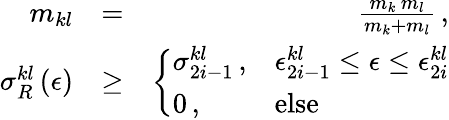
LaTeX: \begin{array}{rlr}{m_{kl}}&{=}&{\frac{m_{k}\, m_{l}}{m_{k}+m_{l}}\, ,}\\ {\sigma_{R}^{kl}\left(\epsilon\right)}&{\ge}&{\left\{ \begin{array}{ll}{\sigma_{2i-1}^{kl}\, ,}&{\epsilon_{2i-1}^{kl}\le\epsilon\le\epsilon_{2i}^{kl}}\\ {0\, ,}&{\mathrm{else}}\end{array}\right.}\end{array}